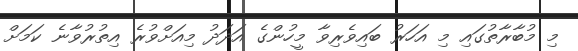
މި މުބާރާތުގައި މި އަހަރު ބައިވެރިވާ މީހުންގެ އަދަދު މިއަށްވުރެ އިތުރުވާނެ ކަމަށް